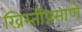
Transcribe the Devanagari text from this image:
ख्रिस्तींप्रमाणे